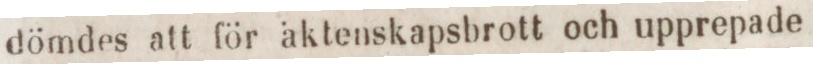
dömdes att för äktenskapsbrott och upprepade